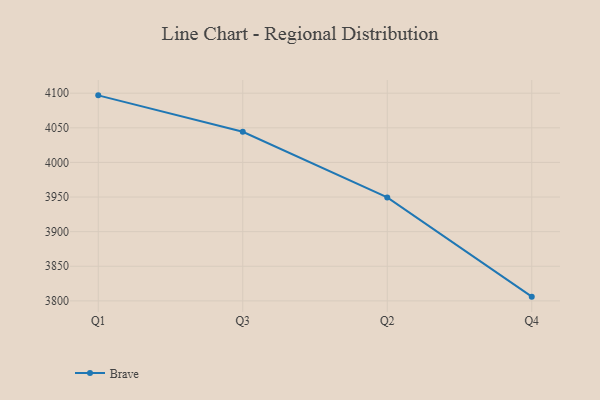
{"axis": {"x": "Quarter", "y": "Revenue (USD Million)"}, "legend": ["Brave"], "data": [{"x": "Q1", "y": 4096.9, "type": "Brave"}, {"x": "Q3", "y": 4044.3, "type": "Brave"}, {"x": "Q2", "y": 3949.4, "type": "Brave"}, {"x": "Q4", "y": 3806.1, "type": "Brave"}]}